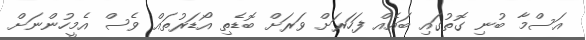
އަސްމާ ބުނި ގޮތުގައި ބައެއް ފަހަރަށް ވަރަށް ބޮޑެތި އޯޑަރުތައް ވެސް އެމީހުންނަށް